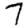
Digit: 7